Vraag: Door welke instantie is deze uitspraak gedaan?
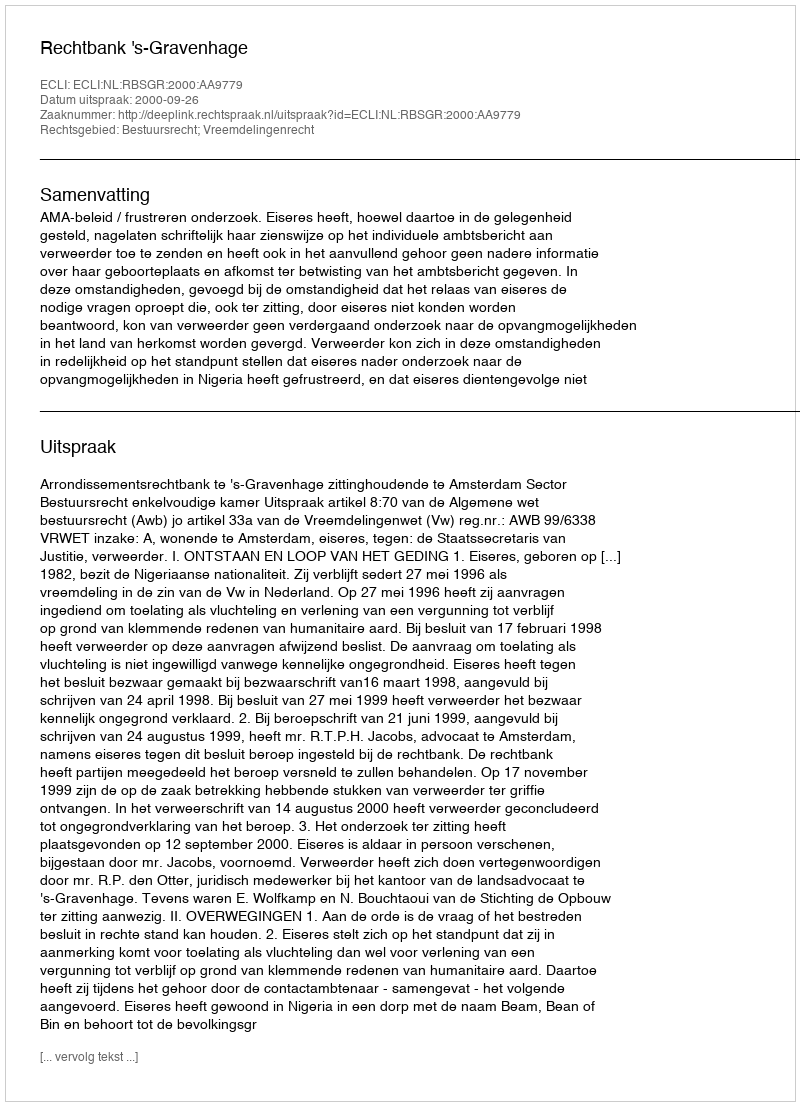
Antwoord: Rechtbank 's-Gravenhage